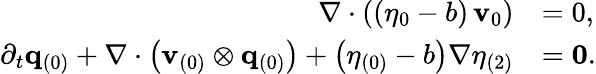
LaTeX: \begin{array}{rl}{\nabla\cdot\left(\left(\eta_{0}-b\right)\, \mathbf{v}_{0}\right)}&{=0,}\\ {\partial_{t}\mathbf{q}_{(0)}+\nabla\cdot\left(\mathbf{v}_{(0)}\otimes\mathbf{q}_{(0)}\right)+\left(\eta_{(0)}-b\right)\nabla\eta_{(2)}}&{=\mathbf{0}.}\end{array}